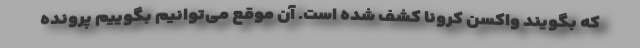
که بگویند واکسن کرونا کشف شده است. آن موقع می‌توانیم بگوییم پرونده